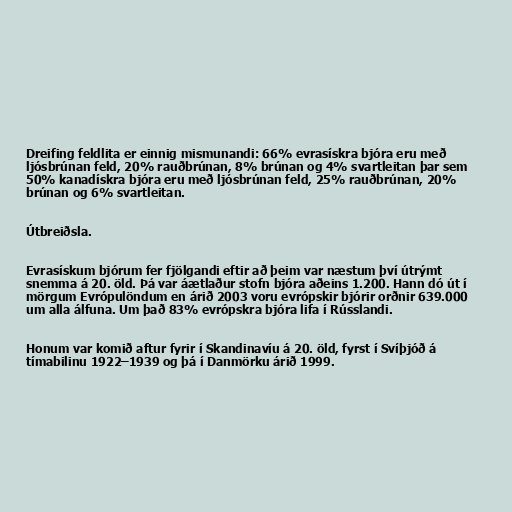
Dreifing feldlita er einnig mismunandi: 66% evrasískra bjóra eru með
ljósbrúnan feld, 20% rauðbrúnan, 8% brúnan og 4% svartleitan þar sem
50% kanadískra bjóra eru með ljósbrúnan feld, 25% rauðbrúnan, 20%
brúnan og 6% svartleitan.

Útbreiðsla.

Evrasískum bjórum fer fjölgandi eftir að þeim var næstum því útrýmt
snemma á 20. öld. Þá var áætlaður stofn bjóra aðeins 1.200. Hann dó út í
mörgum Evrópulöndum en árið 2003 voru evrópskir bjórir orðnir 639.000
um alla álfuna. Um það 83% evrópskra bjóra lifa í Rússlandi.

Honum var komið aftur fyrir í Skandinavíu á 20. öld, fyrst í Svíþjóð á
tímabilinu 1922–1939 og þá í Danmörku árið 1999.